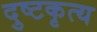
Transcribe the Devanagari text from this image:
दुष्टकृत्य